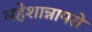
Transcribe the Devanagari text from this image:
महेशान्नापरो